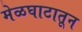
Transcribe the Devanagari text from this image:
मेळघाटातून